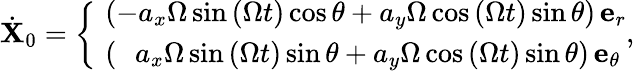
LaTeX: \dot{\mathbf{X}}_{0}=\left\{ \begin{array}{ll}{\, \, \left(-a_{x}\Omega\sin{\left(\Omega t\right)}\cos\theta+a_{y}\Omega\cos{\left(\Omega t\right)}\sin\theta\right)\, \mathbf{e}_{r}}\\ {\, \, \left(\, \, \, \, a_{x}\Omega\sin{\left(\Omega t\right)}\sin\theta+a_{y}\Omega\cos{\left(\Omega t\right)}\sin\theta\right)\, \mathbf{e}_{\theta}}\end{array}\right.,